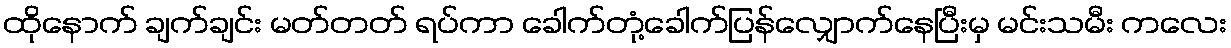
ထိုနောက် ချက်ချင်း မတ်တတ် ရပ်ကာ ခေါက်တုံ့ခေါက်ပြန်လျှောက်နေပြီးမှ မင်းသမီး ကလေး